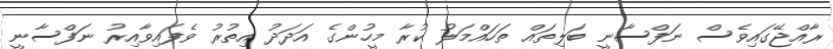
ރާއްޖޭގައިވެސް ނަފްސާނީ ބަލިތައް ތަހައްމަލު ކުރާ މީހުންގެ އަދަދު އިތުރު ވެފައިވާއިރު ނަފްސާނީ